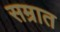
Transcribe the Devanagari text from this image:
सम्रात